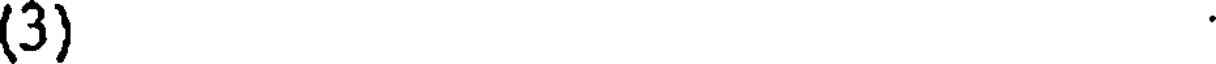
(3)